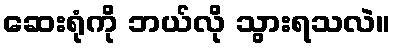
ဆေးရုံကို ဘယ်လို သွားရသလဲ။